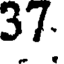
37.